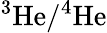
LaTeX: {}^{3}\textrm{He}/{}^{4}\textrm{He}